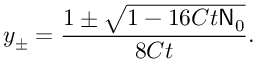
y _ { \pm } = \frac { 1 \pm \sqrt { 1 - 1 6 C t \mathsf { N } _ { 0 } } } { 8 C t } .